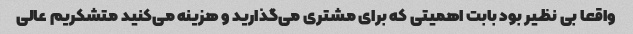
واقعا بی نظیر بود بابت اهمیتی که برای مشتری می‌گذارید و هزینه می‌کنید متشکریم عالی